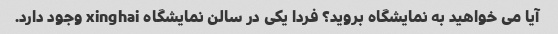
آیا می خواهید به نمایشگاه بروید؟ فردا یکی در سالن نمایشگاه xinghai وجود دارد.